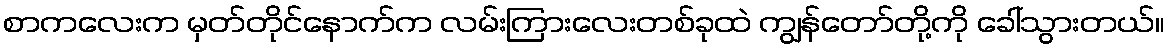
စာကလေးက မှတ်တိုင်နောက်က လမ်းကြားလေးတစ်ခုထဲ ကျွန်တော်တို့ကို ခေါ်သွားတယ်။